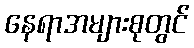
နေရာအများစုတွင်